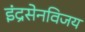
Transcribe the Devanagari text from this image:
इंद्रसेनविजय